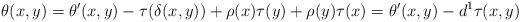
LaTeX: \begin{gather*}\theta(x,y)=\theta'(x,y)-\tau(\delta(x,y))+\rho(x)\tau(y) +\rho(y)\tau(x)=\theta'(x,y)-d^1\tau(x,y)\end{gather*}